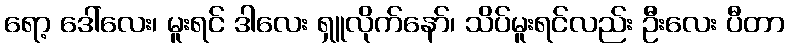
ရော့ ဒေါ်လေး၊ မူးရင် ဒါလေး ရှူလိုက်နော်၊ သိပ်မူးရင်လည်း ဦးလေး ပီတာ